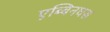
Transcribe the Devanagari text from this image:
एब्बिनघस